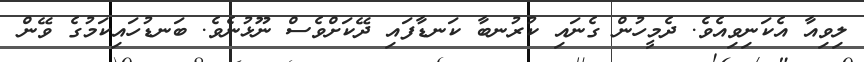
ލިވިއާ އެކަނިވިއެވެ. ދެމީހުން ގެނައި ކުރުނބާ ކަނޑާފައި ދޭކަށްވެސް ނޫޅުނެވެ. ބަނޑުހައިކަމުގެ ވޭން